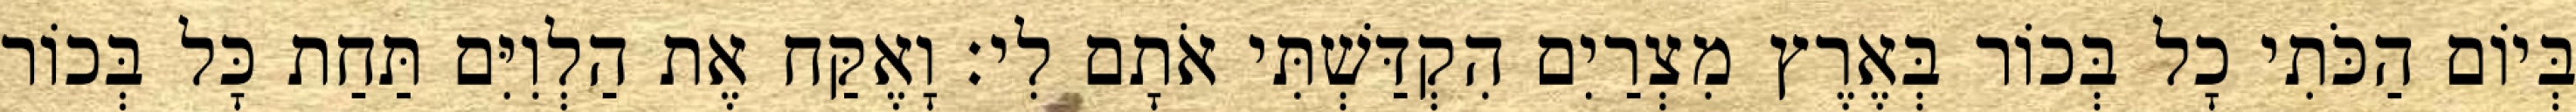
בְּיוֹם הַכֹּתִי כָל בְּכוֹר בְּאֶרֶץ מִצְרַיִם הִקְדַּשְׁתִּי אֹתָם לִי׃ וָאֶקַּח אֶת הַלְוִיִּם תַּחַת כָּל בְּכוֹר